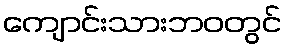
ကျောင်းသားဘဝတွင်